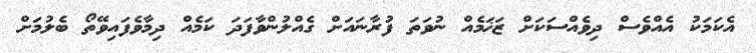
އެކަމަކު އެއްވެސް ދިވެއްސަކަށް ޒަޚަމެއް ނުވަތަ ފުރާނައަށް ގެއްލުންވާފަދަ ކަމެއް ދިމާވެފައިވޭތޯ ބެލުމަށް